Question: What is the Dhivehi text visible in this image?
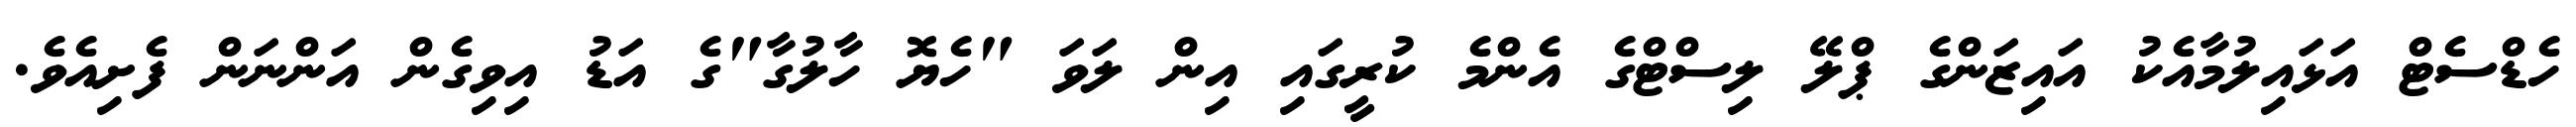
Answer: ހެޑްސެޓް އަޅައިލުމާއެކު އައިޒަންގެ ޕްލޭ ލިސްޓްގެ އެންމެ ކުރީގައި އިން ލަވަ "ހެޔޮ ހާލުގާ"ގެ އަޑު އިވިގެން އަންނަން ފެށިއެވެ.